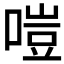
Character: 𠹛